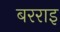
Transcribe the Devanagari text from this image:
बरराइ